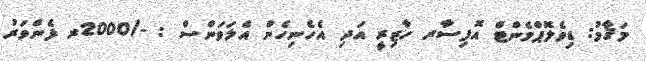
މަޤާމު: ޑިވެލޮޕްމެންޓް އޮފިސާރ ހާޒިރީ އަދި އެހެނިހެން އެލަވަންސް : -/2000ރ ފެންވަރު